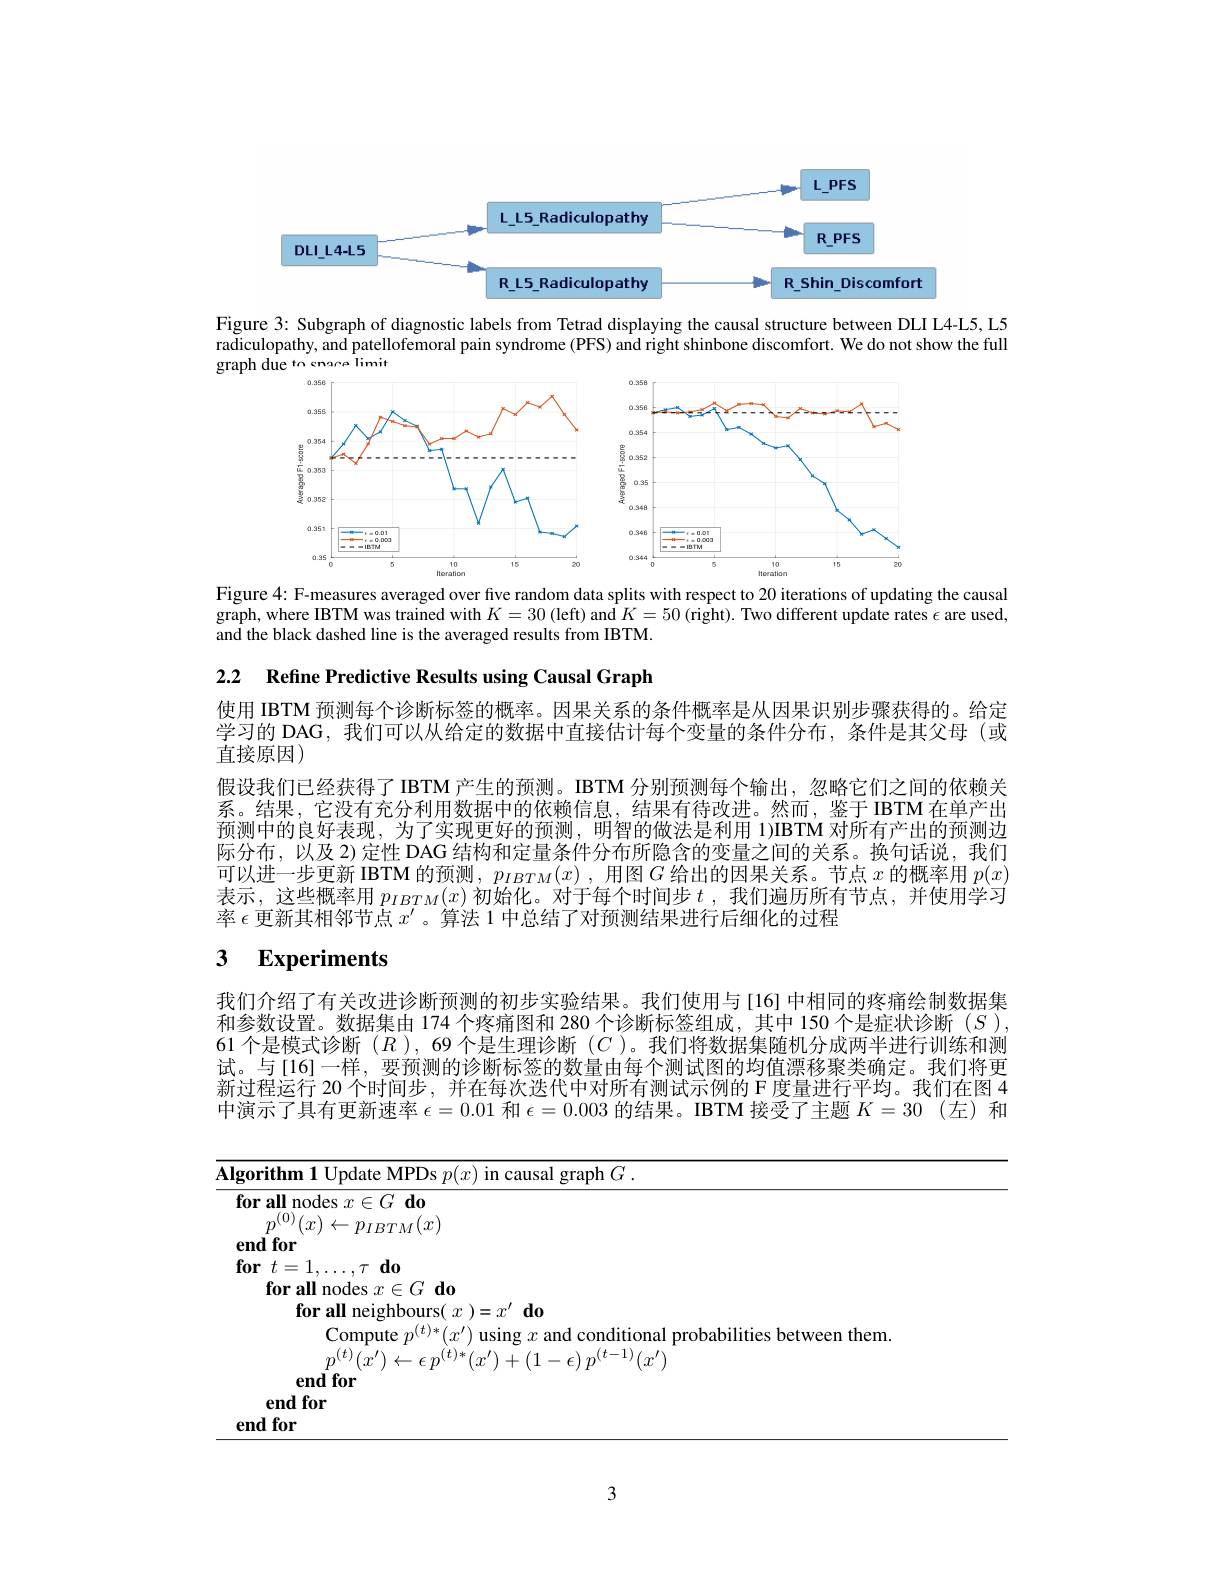
<FigureHere>

Figure 3: Subgraph of diagnostic labels from Tetrad displaying the causal structure between DLI L4-L5, L5 radiculopathy, and patellofemoral pain syndrome (PFS) and right shinbone discomfort. We do not show the full graph due tn enara limit

Figure 4: F-measures averaged over five random data splits with respect to 20 iterations of updating the causal

<FigureHere>

graph, where IBTM was trained with $K=30$ (left) and $K=50$ (right). Two different update rates $\epsilon$ are used,
and the black dashed line is the averaged results from IBTM.

2.2 Refine Predictive Results using Causal Graph

使用 IBTM 预测每个诊断标签的概率。因果关系的条件概率是从因果识别步骤获得的。给定学习的 DAG, 我们可以从给定的数据中直接估计每个变量的条件分布，条件是其父母(或直接原因)
假设我们已经获得了IBTM 产生的预测。IBTM 分别预测每个输出，忽略它们之间的依赖关系。结果，它没有充分利用数据中的依赖信息，结果有待改进。然而，鉴于IBTM在单产出预测中的良好表现，为了实现更好的预测，明智的做法是利用 1)IBTM 对所有产出的预测边际分布，以及 2)定性 DAG 结构和定量条件分布所隐含的变量之间的关系。换句话说，我们可以进一步更新 IBTM 的预测$,p_{IBTM}(x)$,用图$G$给出的因果关系。节点$x$的概率用$p(x)$ 表示，这些概率用$p_IBTM(x)$初始化。对于每个时间步$t$,我们遍历所有节点，并使用学习率$\epsilon$更新其相邻节点$x^\prime$ 。算法 1 中总结了对预测结果进行后细化的过程

# 3 Experiments

我们介绍了有关改进诊断预测的初步实验结果。我们使用与[16] 中相同的疼痛绘制数据集和参数设置。数据集由 174 个疼痛图和 280 个诊断标签组成，其中 150 个是症状诊断$(S)$ 61 个是模式诊断$(R)$, 69 个是生理诊断$(C$ )。我们将数据集随机分成两半进行训练和测试。与[16]一样，要预测的诊断标签的数量由每个测试图的均值漂移聚类确定。我们将更新过程运行 20 个时间步 ,并在每次迭代中对所有测试示例的 F度量进行平均。我们在图 4中演示了具有更新速率$\epsilon=0.01$和$\epsilon=0.003$的结果。IBTM 接受了主题$K=30$ (左)和

<table>
	<tbody>
		<tr>
			<td>${\mathrm{rorifhm}}$ Undate ranh $(_{\mathrm{r}}^{\prime}$</td>
			<td>$\overline{\mathbf{lgo}}$</td>
			<td>$\mathbf{MPD}$ $\operatorname{graph}G$</td>
		</tr>
		<tr>
			<td>end for</td>
			<td>$en$</td>
			<td> </td>
		</tr>
	</tbody>
</table>

3